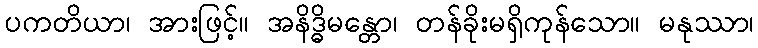
ပကတိယာ၊ အားဖြင့်။ အနိဒ္ဓိမန္တော၊ တန်ခိုးမရှိကုန်သော။ မနုဿာ၊